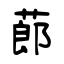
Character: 蓈